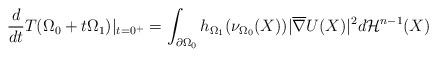
LaTeX: \begin{align*}\frac{d}{dt}T(\Omega_0+t\Omega_1)|_{t=0^+}=\int_{\partial\Omega_0}h_{\Omega_1}(\nu_{\Omega_0}(X))|\overline{\nabla} U(X)|^2d\mathcal{H}^{n-1}(X)\end{align*}